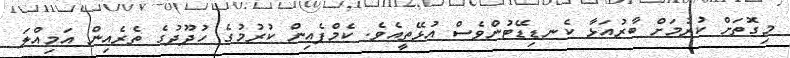
މިގޮތަށް ކުރުމަށް ބާރުއަޅާ ކެނޑިޑޭޓުންވެސް އުޅޭތީއެވެ. ކެމްޕެއިން ކުރުމުގެ ހުދޫދުގެ ތެރެއިން އަމިއްލަ